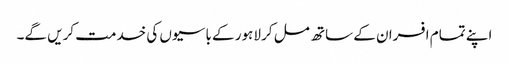
اپنے تمام افسران کے ساتھ مل کر لاہور کے باسیوں کی خدمت کریں گے۔